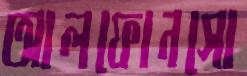
আলফোনসো